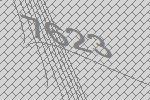
7623